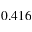
0 . 4 1 6